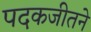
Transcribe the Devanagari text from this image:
पदकजीतने